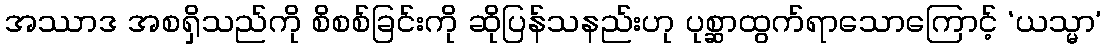
အဿာဒ အစရှိသည်ကို စိစစ်ခြင်းကို ဆိုပြန်သနည်းဟု ပုစ္ဆာထွက်ရာသောကြောင့် ‘ယသ္မာ’